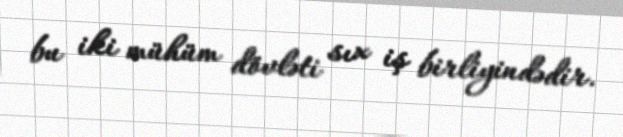
bu iki mühüm dövləti sıx iş birliyindədir.